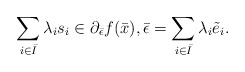
\begin{align*}\sum\limits_{i\in \bar{I}}\lambda_i s_i\in \partial_{\bar{\epsilon}}f(\bar{x}),\bar{\epsilon}=\sum\limits_{i\in \bar{I}}\lambda_i \tilde{e}_i.\end{align*}